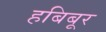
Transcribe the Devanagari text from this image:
हबिबूर